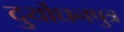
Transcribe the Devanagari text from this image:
दुर्योधनपुत्र